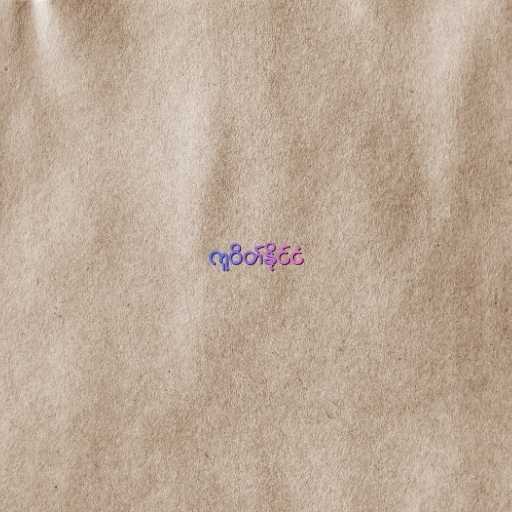
ကူဝိတ်နိုင်ငံ